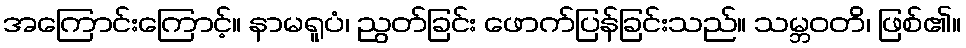
အကြောင်းကြောင့်။ နာမရူပံ၊ ညွတ်ခြင်း ဖောက်ပြန်ခြင်းသည်။ သမ္ဘဝတိ၊ ဖြစ်၏။